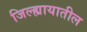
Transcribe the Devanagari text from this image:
जिल्ह्यायातील